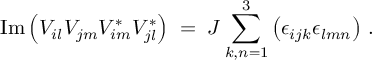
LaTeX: \mathrm { I m } \left( V _ { i l } V _ { j m } V _ { i m } ^ { * } V _ { j l } ^ { * } \right) \; = \; { \cal J } \sum _ { k , n = 1 } ^ { 3 } \left( \epsilon _ { i j k } \epsilon _ { l m n } \right) \, .